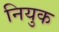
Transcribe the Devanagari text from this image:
नियुक